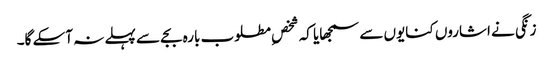
زنگی نے اشاروں کنایوں سے سمجھایا کہ شخصِ مطلوب بارہ بجے سے پہلے نہ آسکے گا۔